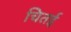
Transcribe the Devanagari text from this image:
चितई